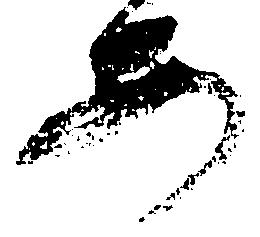
安